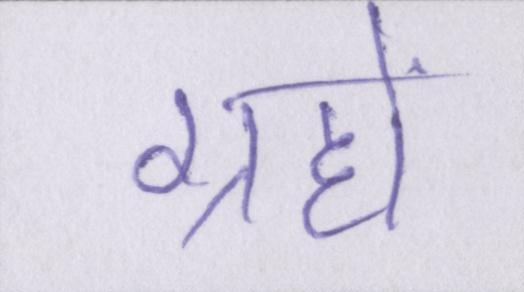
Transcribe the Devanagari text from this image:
ग्रहों